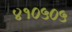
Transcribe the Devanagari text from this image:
४१०५०५